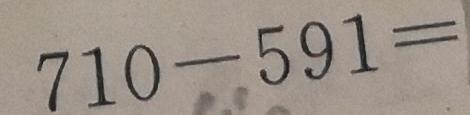
7 1 0 - 5 9 1 =